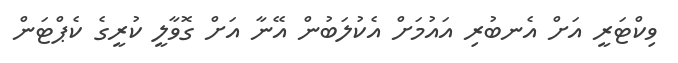
ވިކްޓަރީ އަށް އެނބުރި އައުމަށް އެކުލަބުން އޭނާ އަށް ގޮވާލީ ކުރީގެ ކެޕްޓަން